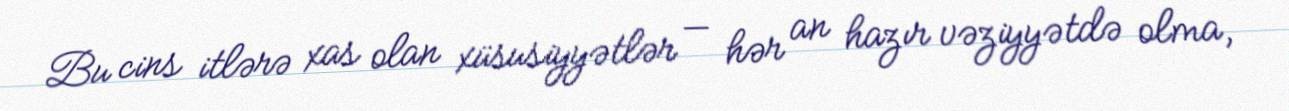
Bu cins itlərə xas olan xüsusiyyətlər — hər an hazır vəziyyətdə olma,